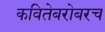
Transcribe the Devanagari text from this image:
कवितेबरोबरच